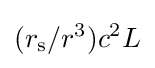
(r_{\text{s}}/r^{3})c^{2}L